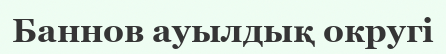
Баннов ауылдық округі